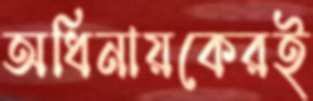
অধিনায়কেরই